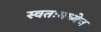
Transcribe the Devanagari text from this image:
स्वतःमध्येच